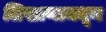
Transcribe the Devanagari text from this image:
लिखाणामधून